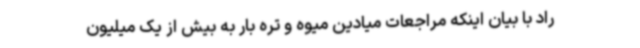
راد با بیان اینکه مراجعات میادین میوه و تره بار به بیش از یک میلیون